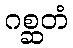
ဂစ္ဆတံ